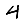
Digit: 4